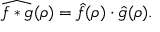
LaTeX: { \widehat { f * g } } ( \rho ) = { \hat { f } } ( \rho ) \cdot { \hat { g } } ( \rho ) .